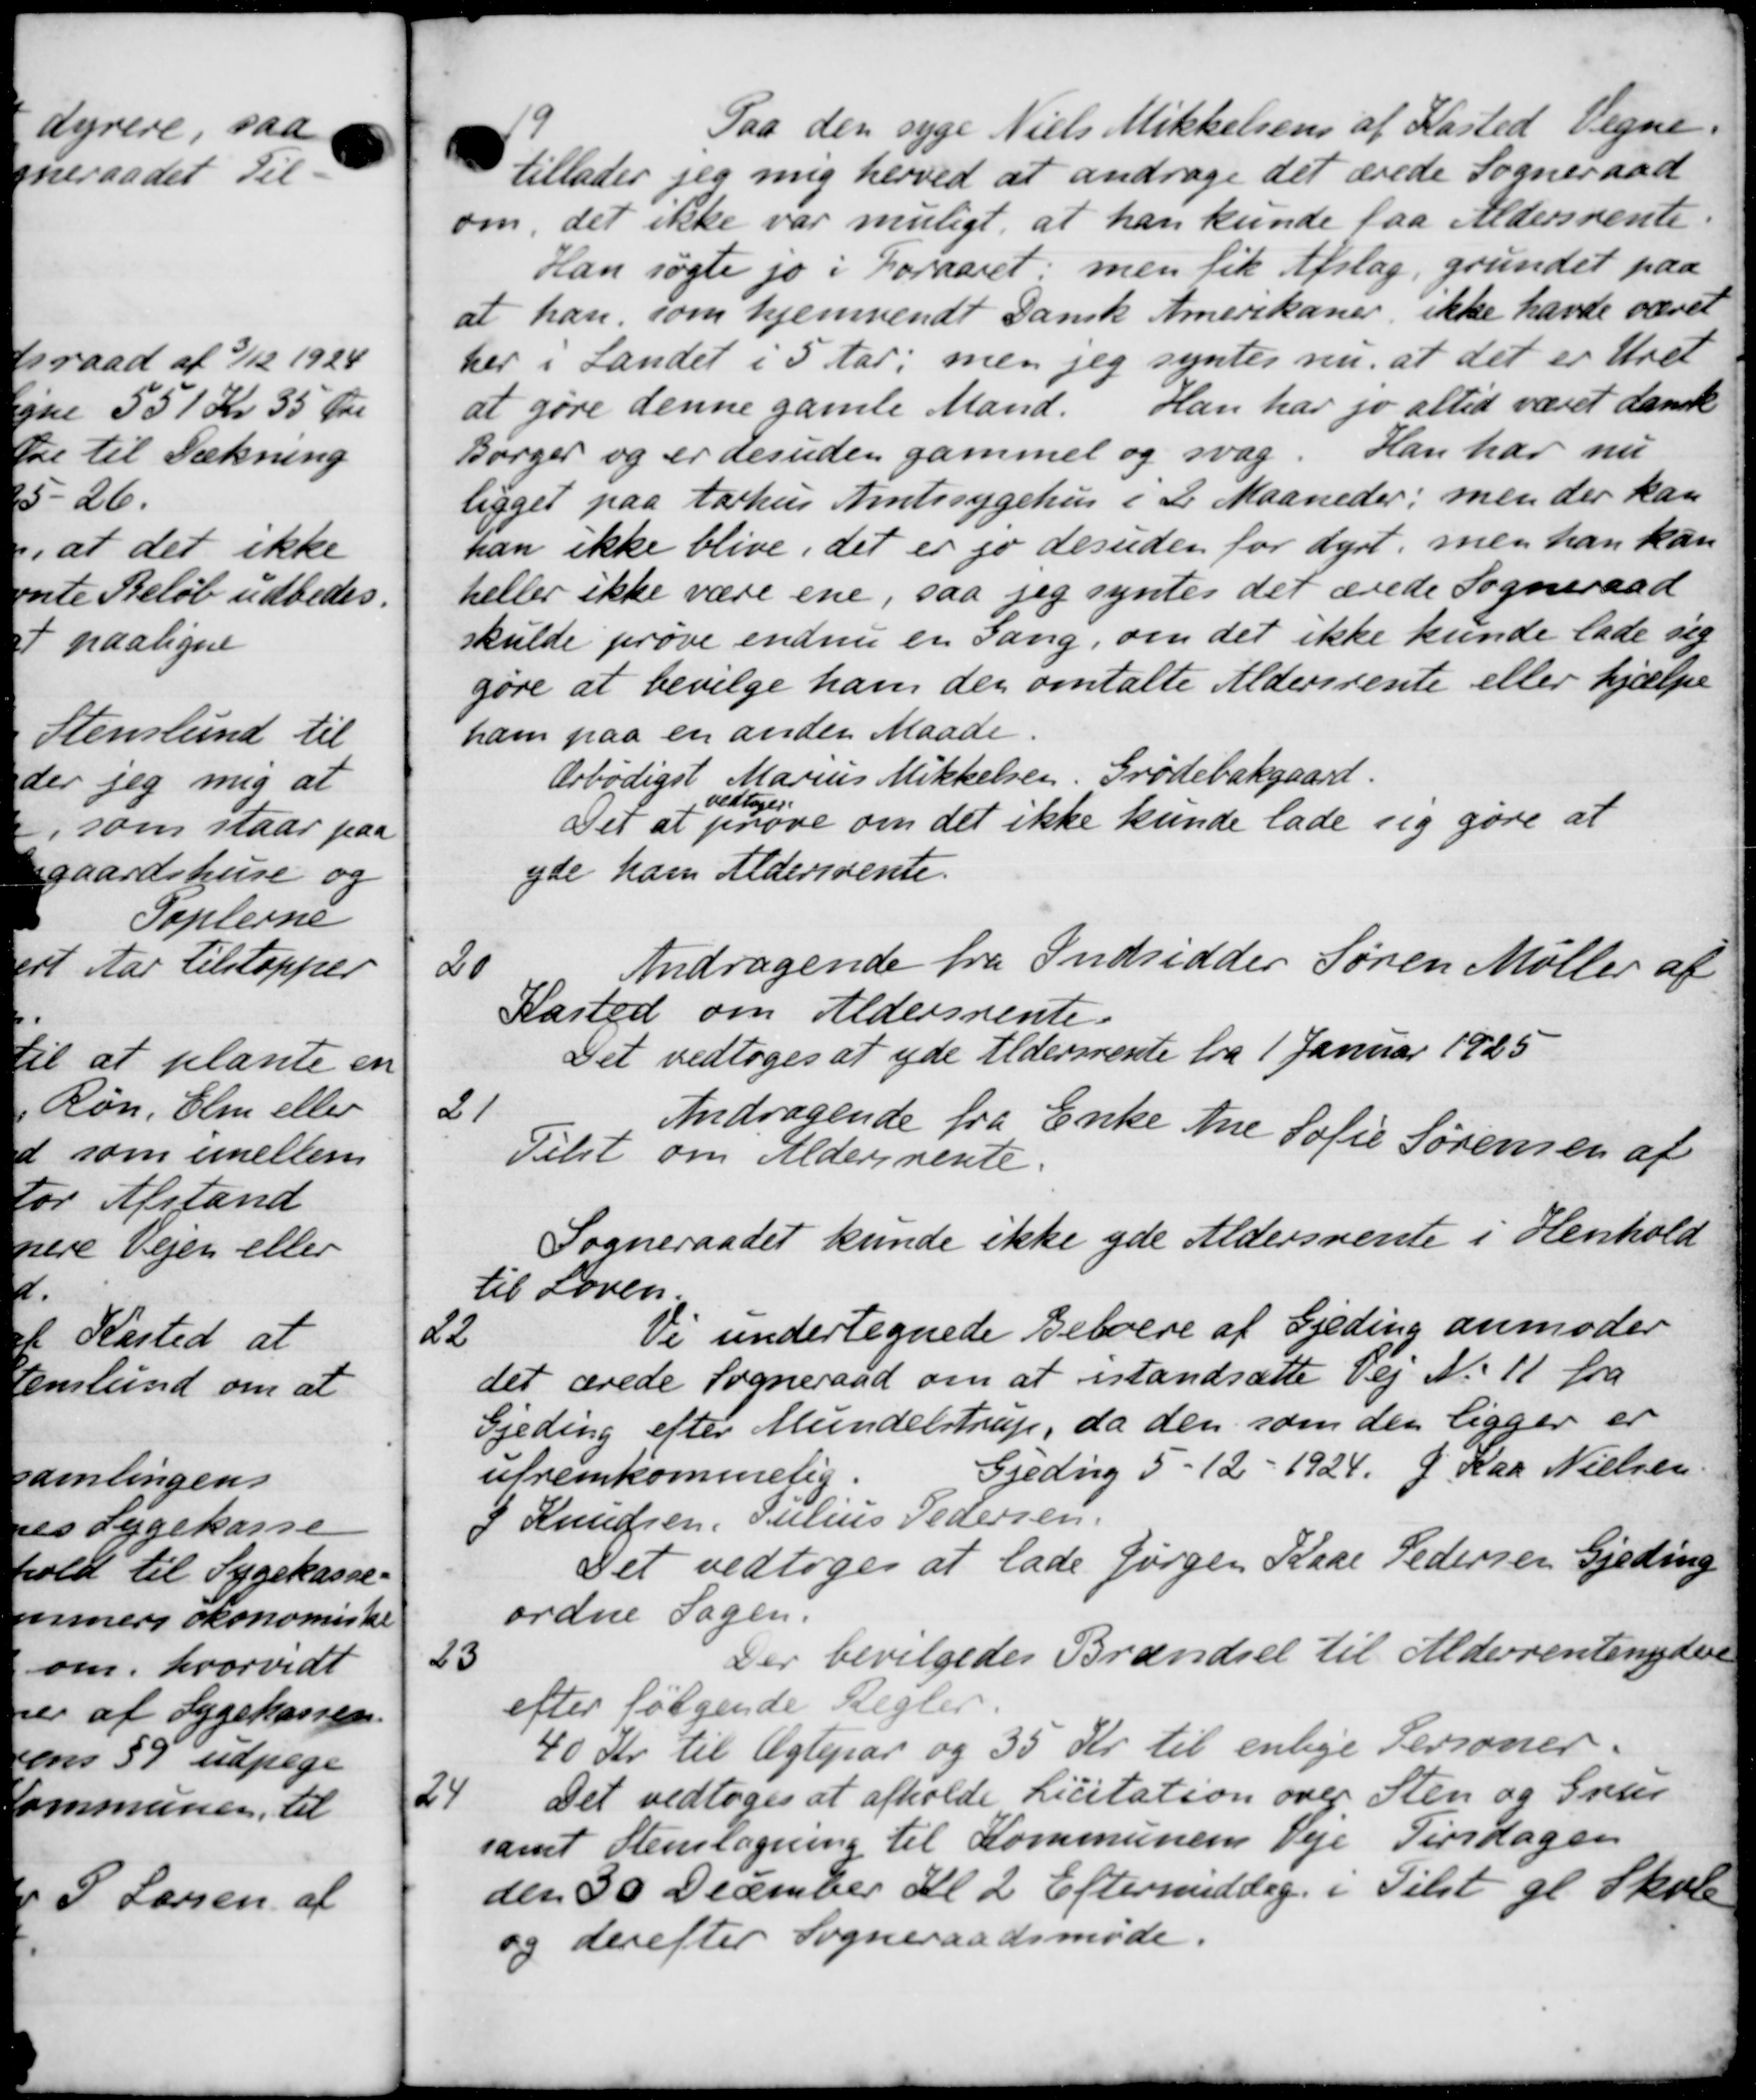
Transskription:
19
Paa den syge Niels Mikkelsen af Kasted Vegne.
tillader jeg mig herved at andrage det ærede Sogneraad
om det ikke var muligt, at han kunde faa Aldersrente.
Han søgte jo i Foraaret; men fik Afslag, grundet paa
at han, som hjemsendt Dansk Amerikaner ikke havde været
her i Landet i 5 Aar; men jeg syntes nu, at det er Uret
at gøre denne gamle Mand. Han har jo altid været dansk
Børger og er desuden gammel og svag Han har nu
ligget paa Aarhus Amtssygehus i 2 Maaneder; men der kan
han ikke blive det er jo desuden for dyrt, men han kan
heller ikke være ene, saa jeg syntes det ærede Sogneraad
skulde prøve endnu er sang, om det ikke kunde lade sig
gøre at bevilge ham den omtalte Aldersrente eller hjælpe
ham paa en anden Maade.
Ærbødigst Marius Mikkelsen. Grødebækgaard.
Tet
vedtoges
at prøve om det ikke kunde lade sig gøre at
yde ham Aldersrente.
20
Andragende fra Indsidder Søren Møller af
Kasted om Aldersrente
Det vedtoges at yde Aldersrente fra 1 Januar 1925
21
Andragende fra Enke Ane Sofie Sørensen af
Tilst om Aldersrente.
Sogneraadet kunde ikke yde Aldersrente i Henhold
til Loven.
2
de undertegnede Beboere af Gjeding anmoder
det ærede Sogneraad om at istandsætte Vej No 11 fra
Gjeding efter Mundelstrup, da den som den ligger er
Gjeding 5 - 12 - 1924. 9 Kaa Nielsen.
ufremkommelig.
S Knudsen, Julius Pedersen
Det vedtoges at lade Jørgen Kase Pedersen Gjeding
ordne Sagen.
23
Der bevilgedes Brændsel til Alderrentenydere
efter følgende Regler.
40 Kr. til Ægtepar og 35 Kr. til enlige Personer.
24
Det vedtoges at afholde Licitation over Sten og Svar
samt Stemlægning til Kommunens Veje Tirsdagen
den 30 December Kl. 2 Eftermiddag i Tilst gl. Skole
og derefter Sogneraadsmøde.